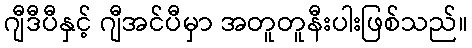
ဂျီဒီပီနှင့် ဂျီအင်ပီမှာ အတူတူနီးပါးဖြစ်သည်။